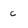
Character: c